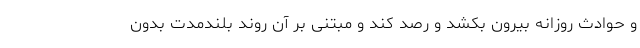
و حوادث روزانه بیرون بکشد و رصد کند و مبتنی بر آن روند بلندمدت بدون